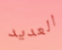
العديد